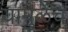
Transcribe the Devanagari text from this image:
यामुळेंच